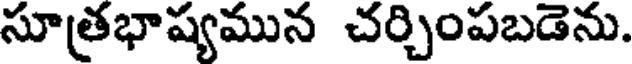
సూత్రభాష్యమున చర్చింపబడెను.